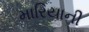
મારિયાની